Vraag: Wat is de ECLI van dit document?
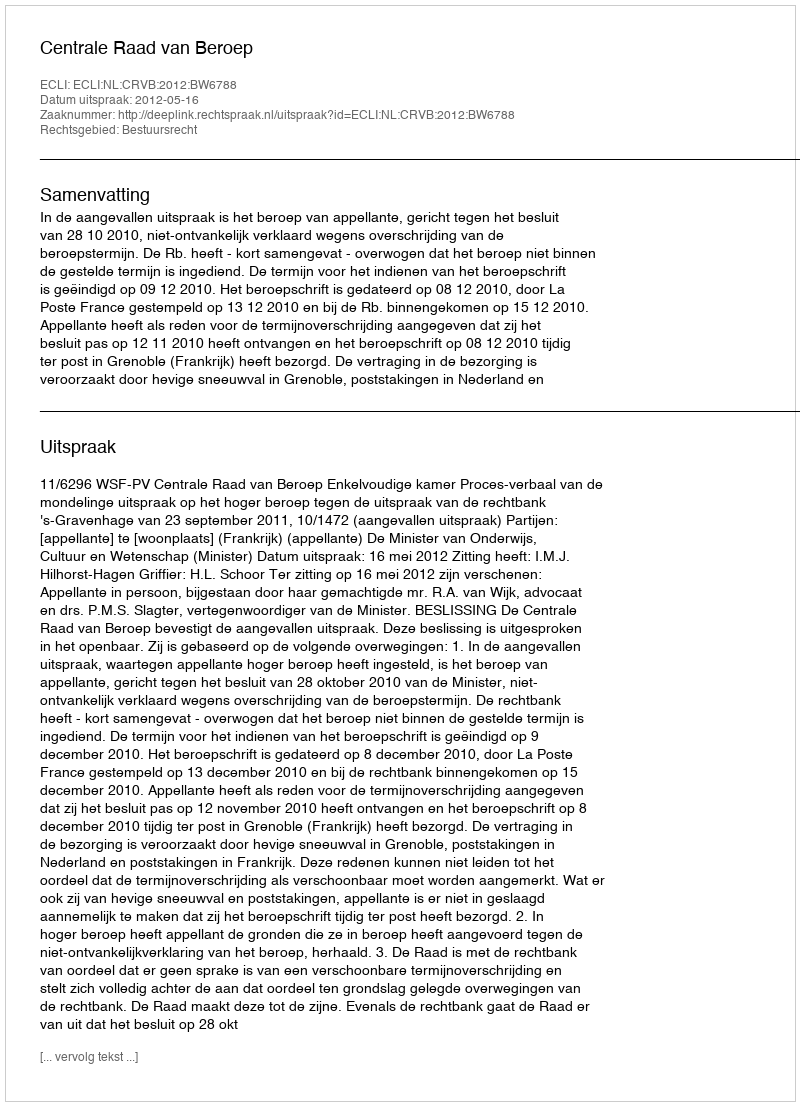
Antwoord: ECLI:NL:CRVB:2012:BW6788